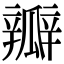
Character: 瓣